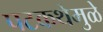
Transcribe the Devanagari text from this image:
पटकथेमुळे